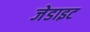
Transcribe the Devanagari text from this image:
जेडाइट